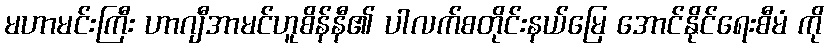
မဟာမင်းကြီး ဟာဂျီအာမင်ဟူစိန်နီ၏ ပါလက်စတိုင်းနယ်မြေ အောင်နိုင်ရေးစီမံ ကို